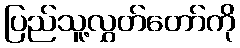
ပြည်သူ့လွှတ်တော်ကို